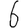
Digit: 6